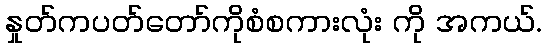
နှုတ်ကပတ်တော်ကိုစံစကားလုံး ကို အကယ်.